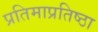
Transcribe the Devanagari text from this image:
प्रतिमाप्रतिष्ठा